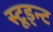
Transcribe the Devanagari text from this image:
स्टूड्न्ट